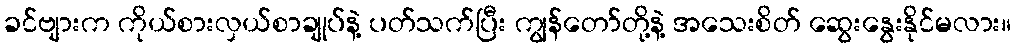
ခင်ဗျားက ကိုယ်စားလှယ်စာချုပ်နဲ့ ပတ်သက်ပြီး ကျွန်တော်တို့နဲ့ အသေးစိတ် ဆွေးနွေးနိုင်မလား။